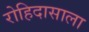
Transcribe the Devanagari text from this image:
रोहिदासाला